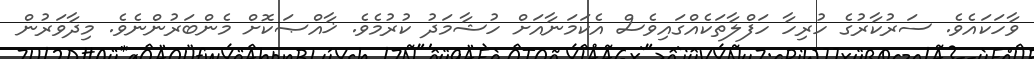
ވާހަކައެވެ. ސަރުކާރުގެ ހުރިހާ ހަފްލާތަކެއްގައިވެސް އެކަމަނާއަށް ހުޝާމަދު ކުރުމެވެ. ޚާއްޞަކޮށް މެންބަރުންނެވެ. މިދާވަރުން